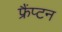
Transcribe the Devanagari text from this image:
फ्रैंप्टन